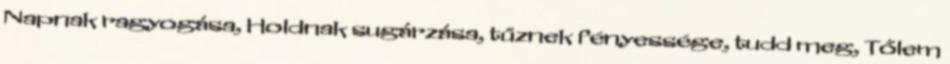
Napnak ragyogása, Holdnak sugárzása, tűznek fényessége, tudd meg, Tőlem